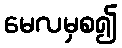
မေလမှစ၍